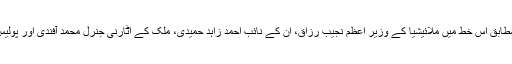
ملائیشیا کی ایک نیوز ویب سائیٹ ‘ملائسیا کنی’ کے مطابق اس خط میں ملائیشیا کے وزیر اعظم نجیب رزاق، ان کے نائب احمد زاہد حمیدی، ملک کے اٹارنی جنرل محمد آفندی اور پولیس کے سربراہ خالد ابوبکر کو بھی دھمکی دی گئی ہے۔